Vaccination in Burma 1889-1999 - 1889-1999
Year: 1889
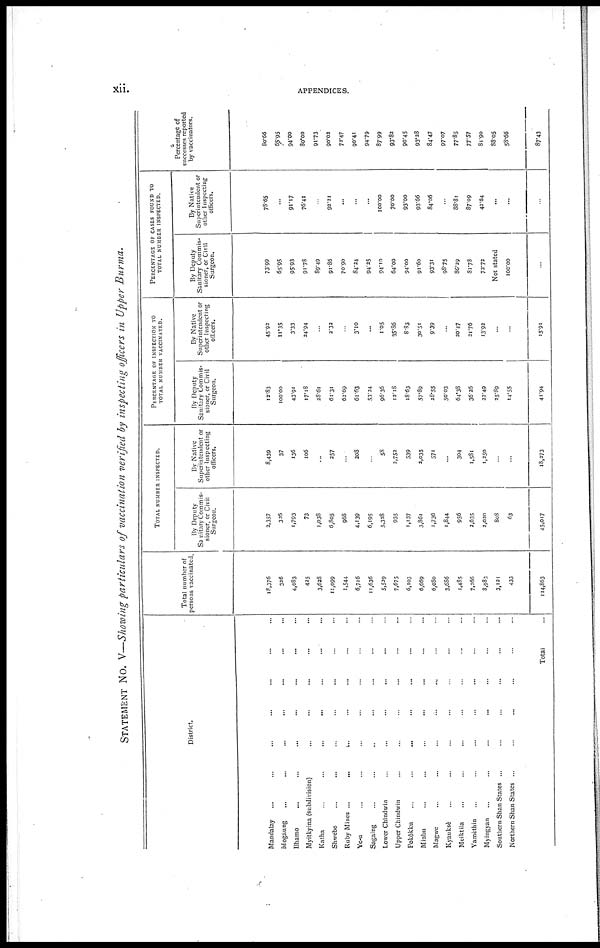
xii.
APPENDICES.
STATEMENT No. V—Showing particulars of vaccination verified by inspecting officers in Upper Burma.
District.
Mandalay ... ... ... ... ... ... ...
Mogaung ... ... ... ... ... ... ...
Bhamo ... ... ... ... ... ... ...
Myitkyina (subdivision) ... ... ... ... ... ... ...
Katha ... ... ... ... ... ... ...
Shwebo ... ... ... ... ... ... ...
Ruby Mines
...
...
...
...
...
...
...
Ye-u ... ... ... ... ... ... ...
Sagaing ... ... ... ... ... ... ...
Lower Chindwin
...
...
...
...
...
...
...
Upper Chindwin ... ... ... ... ... ... ...
Pokôkku ... ... ... ... ... ... ...
Minbu ... ... ... ... ... ... ...
Magwe
...
...
...
...
...
...
...
Kyauksè ... ... ... ... ... ... ...
Meiktila ... ... ... ... ... ... ...
Yamethin ... ... ... ... ... ... ...
Myingyan ... ... ... ... ... ... ...
Southern Shan States ... ... ... ...
Northern Shan States ... ... ... ...
Total ...
Total number of
persons vaccinated.
18,376
326
4,083
425
3,628
11,099
1,544
6,716
11,636
5,529
7,675
6,103
6,669
6,080
3,686
1,485
7,266
8,983
3,121
433
114,863
TOTAL NUMBER INSPECTED.
By Deputy
Sanitary Commis-
sioner, or Civil
Surgeon.
2,357
326
1,793
73
1,038
6,805
968
4,139
6,195
5,328
935
1,137
3,861
1,736
1,844
956
2,635
2,020
808
63
45,017
By Native
Superintendent or
other Inspecting
officers.
8,439
37
136
106
...
257
...
208
...
58
2,752
539
3,035
571
...
304
1,581
1,250
...
...
18,273
PERCENTAGE OF INSPECTION TO
TOTAL NUMBER VACCINATED.
By Deputy
Sanitary Commis-
sioner, or Civil
Surgeon.
12.83
100.00
43.91
17.18
28.61
61.31
62.69
61.63
53.24
96.36
12.18
18.63
57.89
28.55
50.03
64.38
36.26
22.49
25.89
14.55
41.94
By Native
Superintendent or
other Inspecting
officers.
45.92
11.35
3.33
24.94
...
2.32
...
3.10
...
1.05
35.86
8.83
30.51
9.39
...
20.47
21.76
13.92
...
...
15.91
PERCENTAGE OF CASES FOUND TO
TOTAL NUMBER INSPECTED.
By Deputy
Sanitary Commis-
sioner, or Civil
Surgeon.
73.99
65.95
95.93
91.78
89.49
91.86
70.90
84.24
94.25
94.10
64.00
94.00
91.60
93.31
98.75
86.29
31.78
72.72
Not stated
100.00
...
By Native
Superintendent or
other Inspecting
officers.
78.65
...
91.17
76.41
...
92.21
...
...
...
100.00
70.00
93.00
93.66
84.06
...
88.81
87.09
42.64
...
...
...
Percentage of
successes reported
by vaccinators.
80.66
65.95
94.00
80.00
91.73
90.02
72.47
90.41
94.79
87.99
93.82
90.45
93.28
84.47
97.07
77.85
77.57
81.90
88.05
58.66
87.43